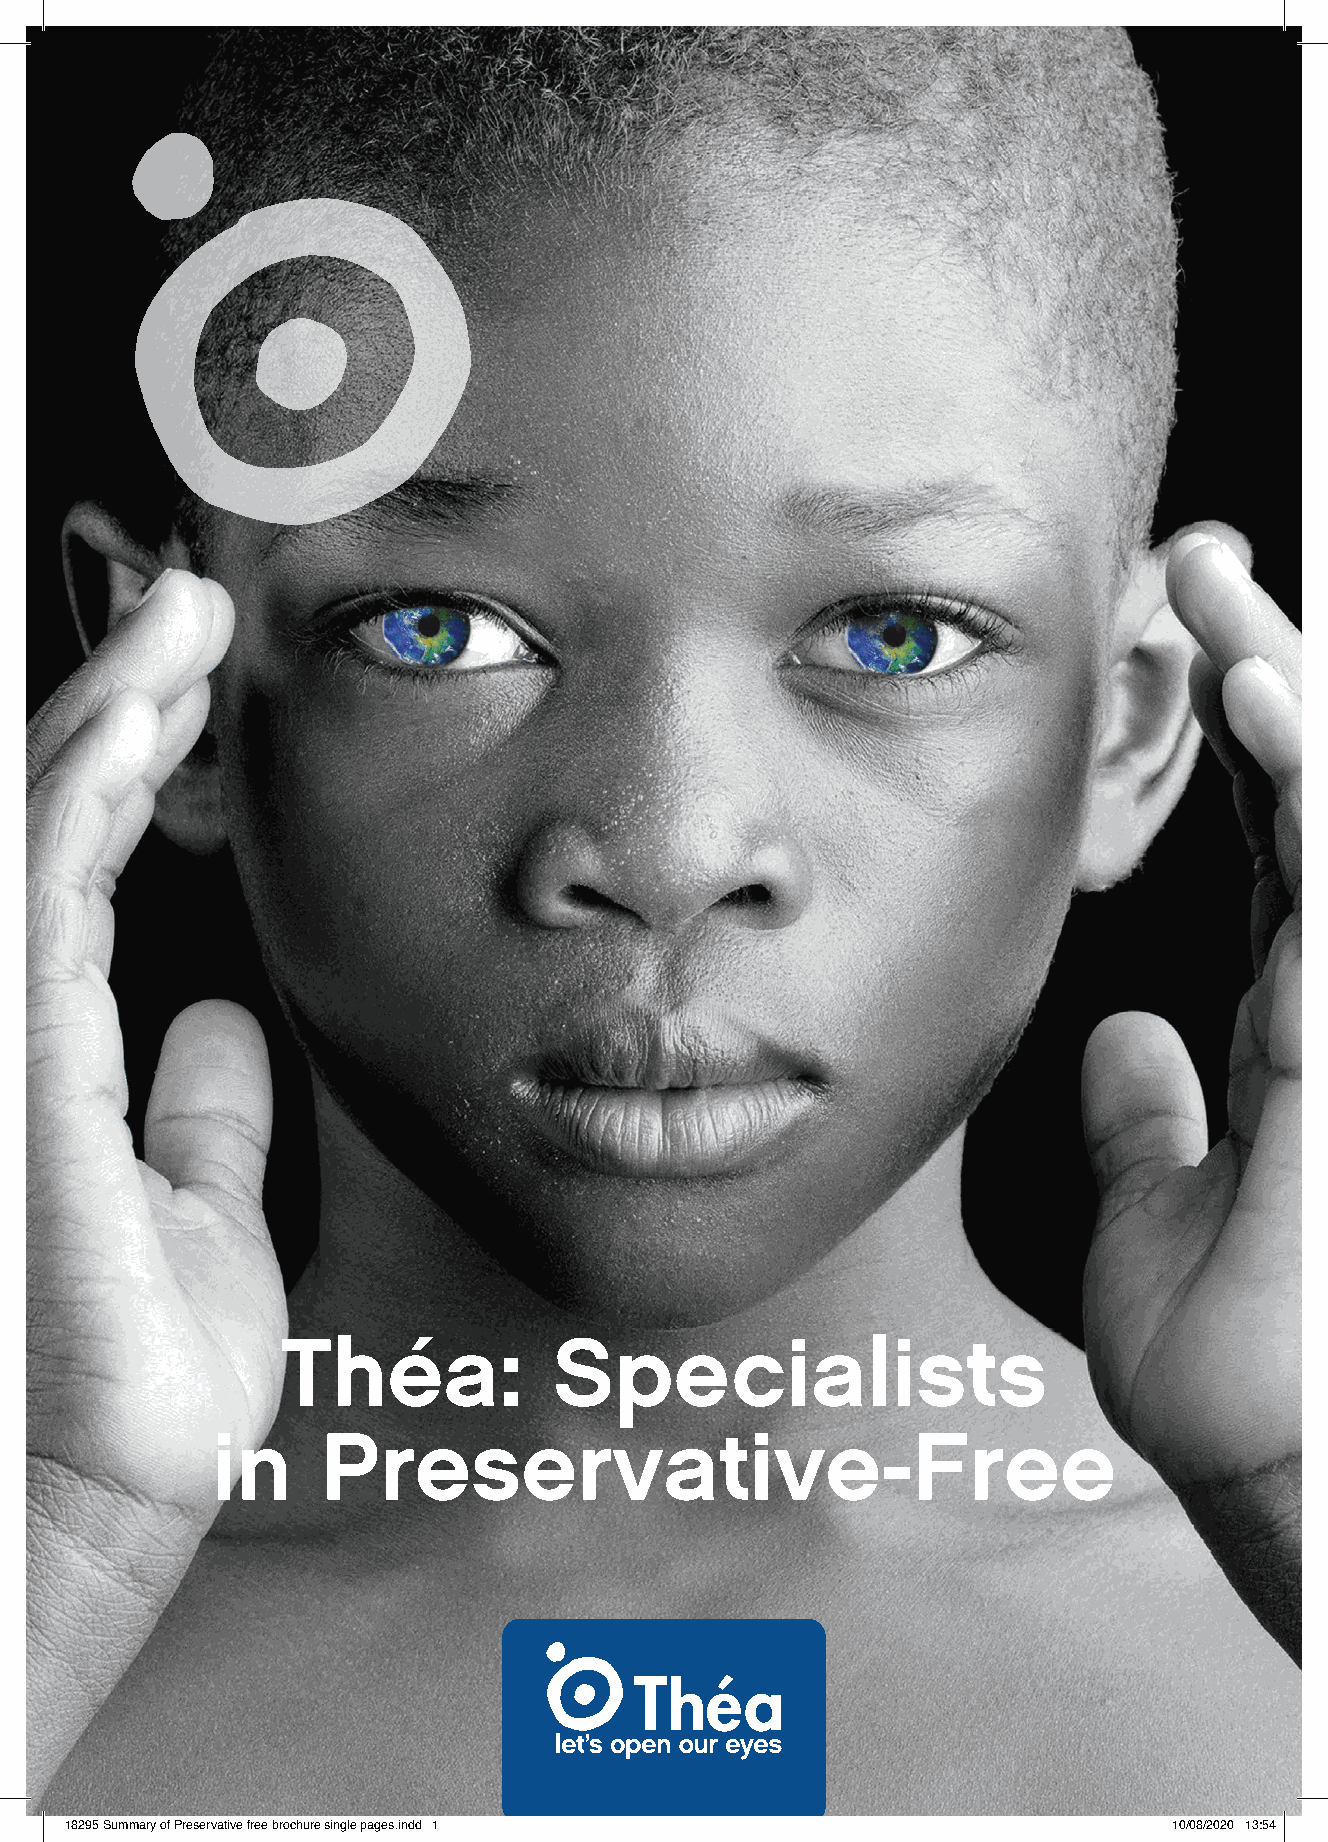
Théa:             Specialists
 in     Preservative-Free
 1188229955 SSuummmmaarryy ooff PPrreesseerrvvaattiivvee ffrreeee bbrroocchhuurree ssiinnggllee ppaaggeess..iinndddd 11 1100//0088//22002200 1133::5544